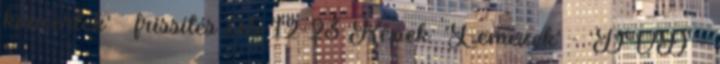
koncertek' » frissítés 05-12-23 Képek: 'Lemezek' - 'DVD -